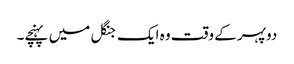
دوپہر کے وقت وہ ایک جنگل میں پہنچے۔